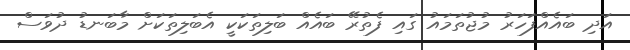
އަދި ބައެއްފަހަރު މުޖުތަމައު ގައި ފެތުރޭ ބައެއް ބަލިތަކަކީ އެބަލިތަކަށް މާބަނޑު ދުވަސް